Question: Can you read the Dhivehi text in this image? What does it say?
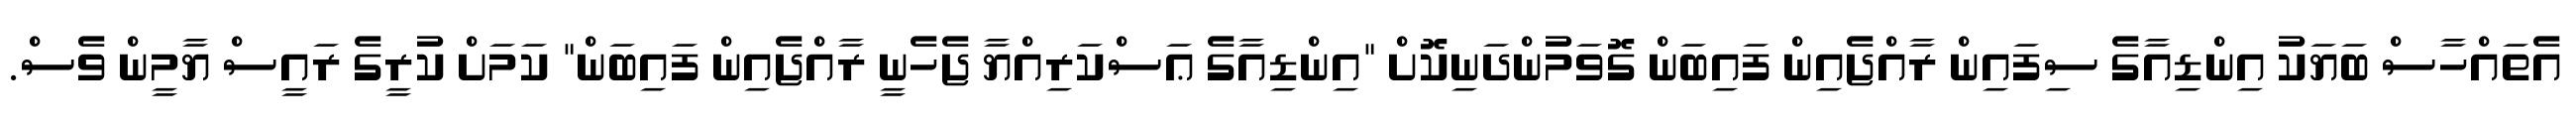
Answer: އެތައްހާސް ބަޔަކު އިންޑިއާގެ ސިފައިން ރާއްޖެއިން ފައިބަން ގޮވަމުންދަނިކޮށް "އިންޑިއާގެ ޢަސްކަރިއްޔާ ޖެހެނީ ރާއްޖެއިން ފައިބަން" ކަމަށް ކުރީގެ ރައީސް ޔާމީން ވެސް.